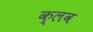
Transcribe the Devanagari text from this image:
क्‍लव